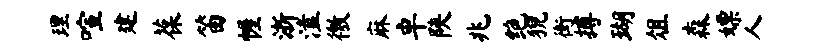
理喧建葆笛幄浙溘徼麻卓陕兆绝猊街搏瑚俎森嫖人